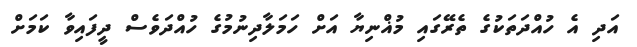
އަދި އެ ހުއްދަތަކުގެ ތެރޭގައި މުޣްނިޔާ އަށް ހަމަލާދިނުމުގެ ހުއްދަވެސް ދީފައިވާ ކަމަށް